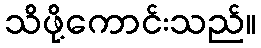
သိဖို့ကောင်းသည်။